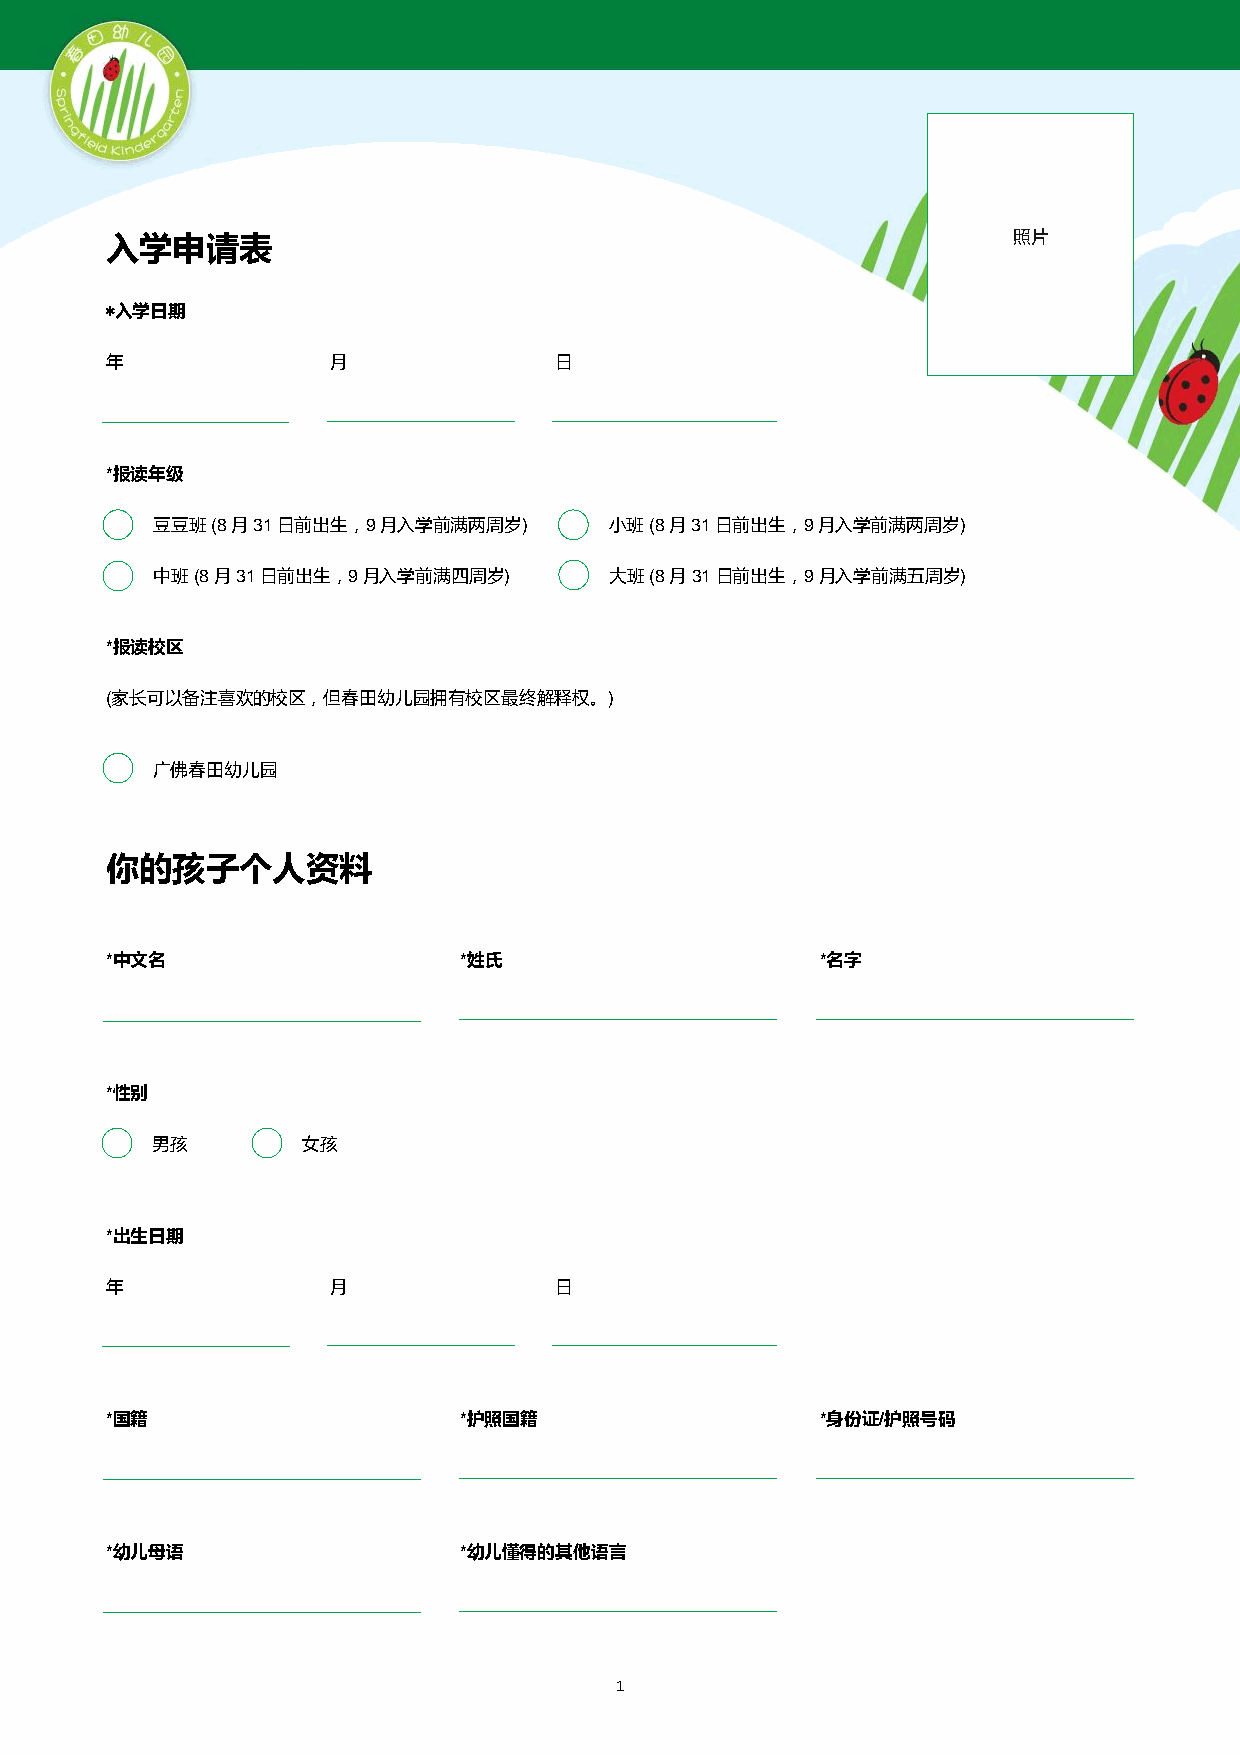
入学申请表                                                       M照 o片 nth
 *入学日期
 年              月              日
 *报读年级
 豆豆班 (8月31日前出生，9月入学前满两周岁)      小班 (8月31日前出生，9月入学前满两周岁)
 中班 (8月31日前出生，9月入学前满四周岁)       大 班 (8月31日前出生，9月入学前满五周岁)
 *报读校区
 (家长可以备注喜欢的校区，但春田幼儿园拥有校区最终解释权。)
 广佛春田幼儿园
 你的孩子个人资料
 *中文名                   *姓氏                     *名字
 *性别
 男孩        女孩
 *出生日期
 年              月              日
 *国籍                    *护照国籍                   *身份证/护照号码
 *幼儿母语                  *幼儿懂得的其他语言
 1